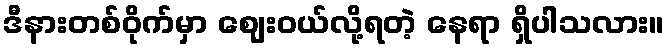
ဒီနားတစ်ဝိုက်မှာ ဈေးဝယ်လို့ရတဲ့ နေရာ ရှိပါသလား။